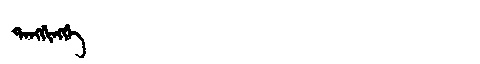
Manchu: ᡨᠠᠩᡤᡳᠩᡤᡝ
Romanization: TANGGINGGE